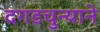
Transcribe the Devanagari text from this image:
दगडचुन्याने